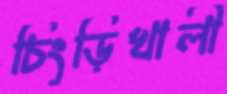
চিংড়িখালী